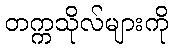
တက္ကသိုလ်များကို